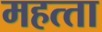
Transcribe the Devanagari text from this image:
महत्‍ता